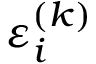
\varepsilon _ { i } ^ { ( k ) }